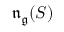
{ \mathfrak { n } } _ { \mathfrak { g } } ( S )